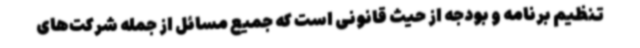
تنظیم برنامه و بودجه از حیث قانونی است که جمیع مسائل از جمله شرکت‌های